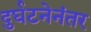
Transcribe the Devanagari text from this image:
दुर्घटनेनंतर